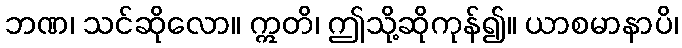
ဘဏ၊ သင်ဆိုလော။ ဣတိ၊ ဤသို့ဆိုကုန်၍။ ယာစမာနာပိ၊